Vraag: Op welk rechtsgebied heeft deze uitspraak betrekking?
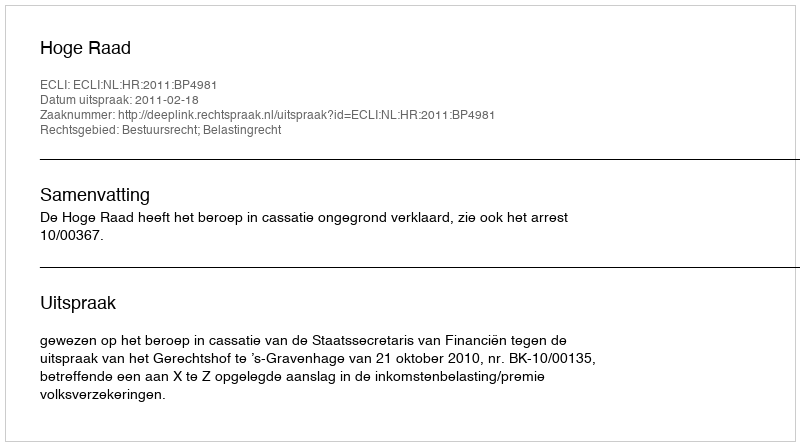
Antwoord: Bestuursrecht; Belastingrecht